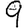
Digit: 9